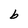
Character: b